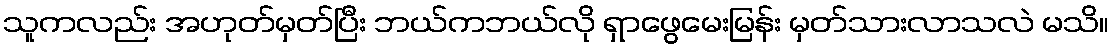
သူကလည်း အဟုတ်မှတ်ပြီး ဘယ်ကဘယ်လို ရှာဖွေမေးမြန်း မှတ်သားလာသလဲ မသိ။